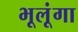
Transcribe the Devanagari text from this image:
भूलूंगा